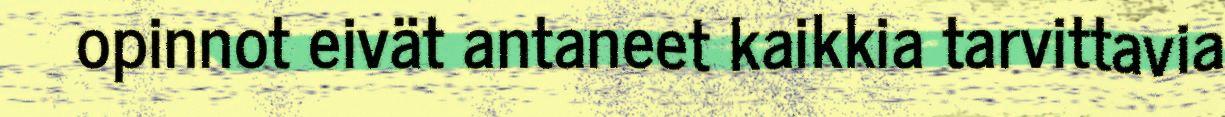
opinnot eivät antaneet kaikkia tarvittavia